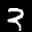
Label: 3